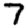
Digit: 7